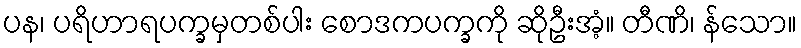
ပန၊ ပရိဟာရပက္ခမှတစ်ပါး စောဒကပက္ခကို ဆိုဦးအံ့။ တီဏိ၊ န်သော။